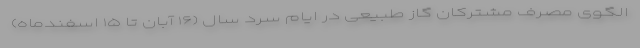
الگوی مصرف مشترکان گاز طبیعی در ایام سرد سال (۱۶ آبان تا ۱۵ اسفندماه)